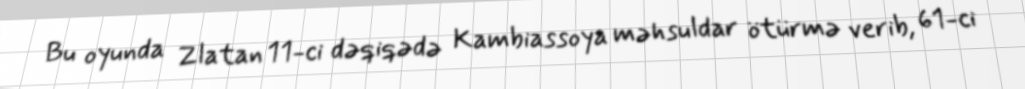
Bu oyunda Zlatan 11-ci dəqiqədə Kambiassoya məhsuldar ötürmə verib, 61-ci